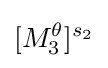
[M_{3}^{\theta }]^{s_{2}}